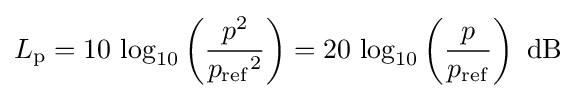
L_{\mathrm {p} }=10\,\log _{10}\left({\frac {{p}^{2}}{{p_{\mathrm {ref} }}^{2}}}\right)=20\,\log _{10}\left({\frac {p}{p_{\mathrm {ref} }}}\right){\mbox{ dB}}